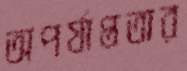
অপর্যাপ্ততার